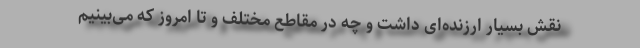
نقش بسیار ارزنده‌ای داشت و چه در مقاطع مختلف و تا امروز که می‌بینیم